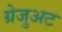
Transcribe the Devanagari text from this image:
ग्रेजुअट